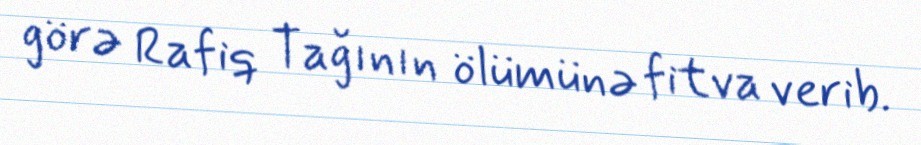
görə Rafiq Tağının ölümünə fitva verib.